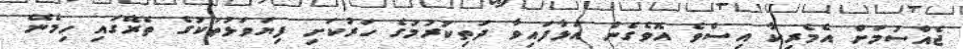
ޖެއްސުމަށް އެމެރިކާ އިސްވެ އޮވެގެން އަޅާފައިވާ ދަތިކުރުމުގެ ހަރުކަށި ފިޔަވަޅުތަކުގެ ތެރޭގައި ހިމެނޭ